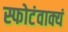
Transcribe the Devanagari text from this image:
स्फोटंवाक्यं